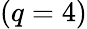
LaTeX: (q=4)